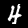
Label: 4